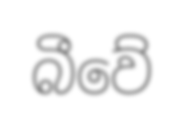
බීවේ